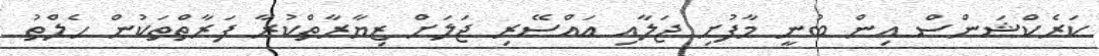
ކަރެކްޝަންސް އިން ބުނީ މާފުށި ޖަލާއި އައްސޭރި ޖަލަށް ޒިޔާރާތްކުރާ ފަރާތްތަކުން ހެލްތު